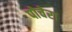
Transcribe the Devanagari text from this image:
पोचेरा